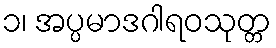
၁၊ အပ္ပမာဒဂါရဝသုတ္တ